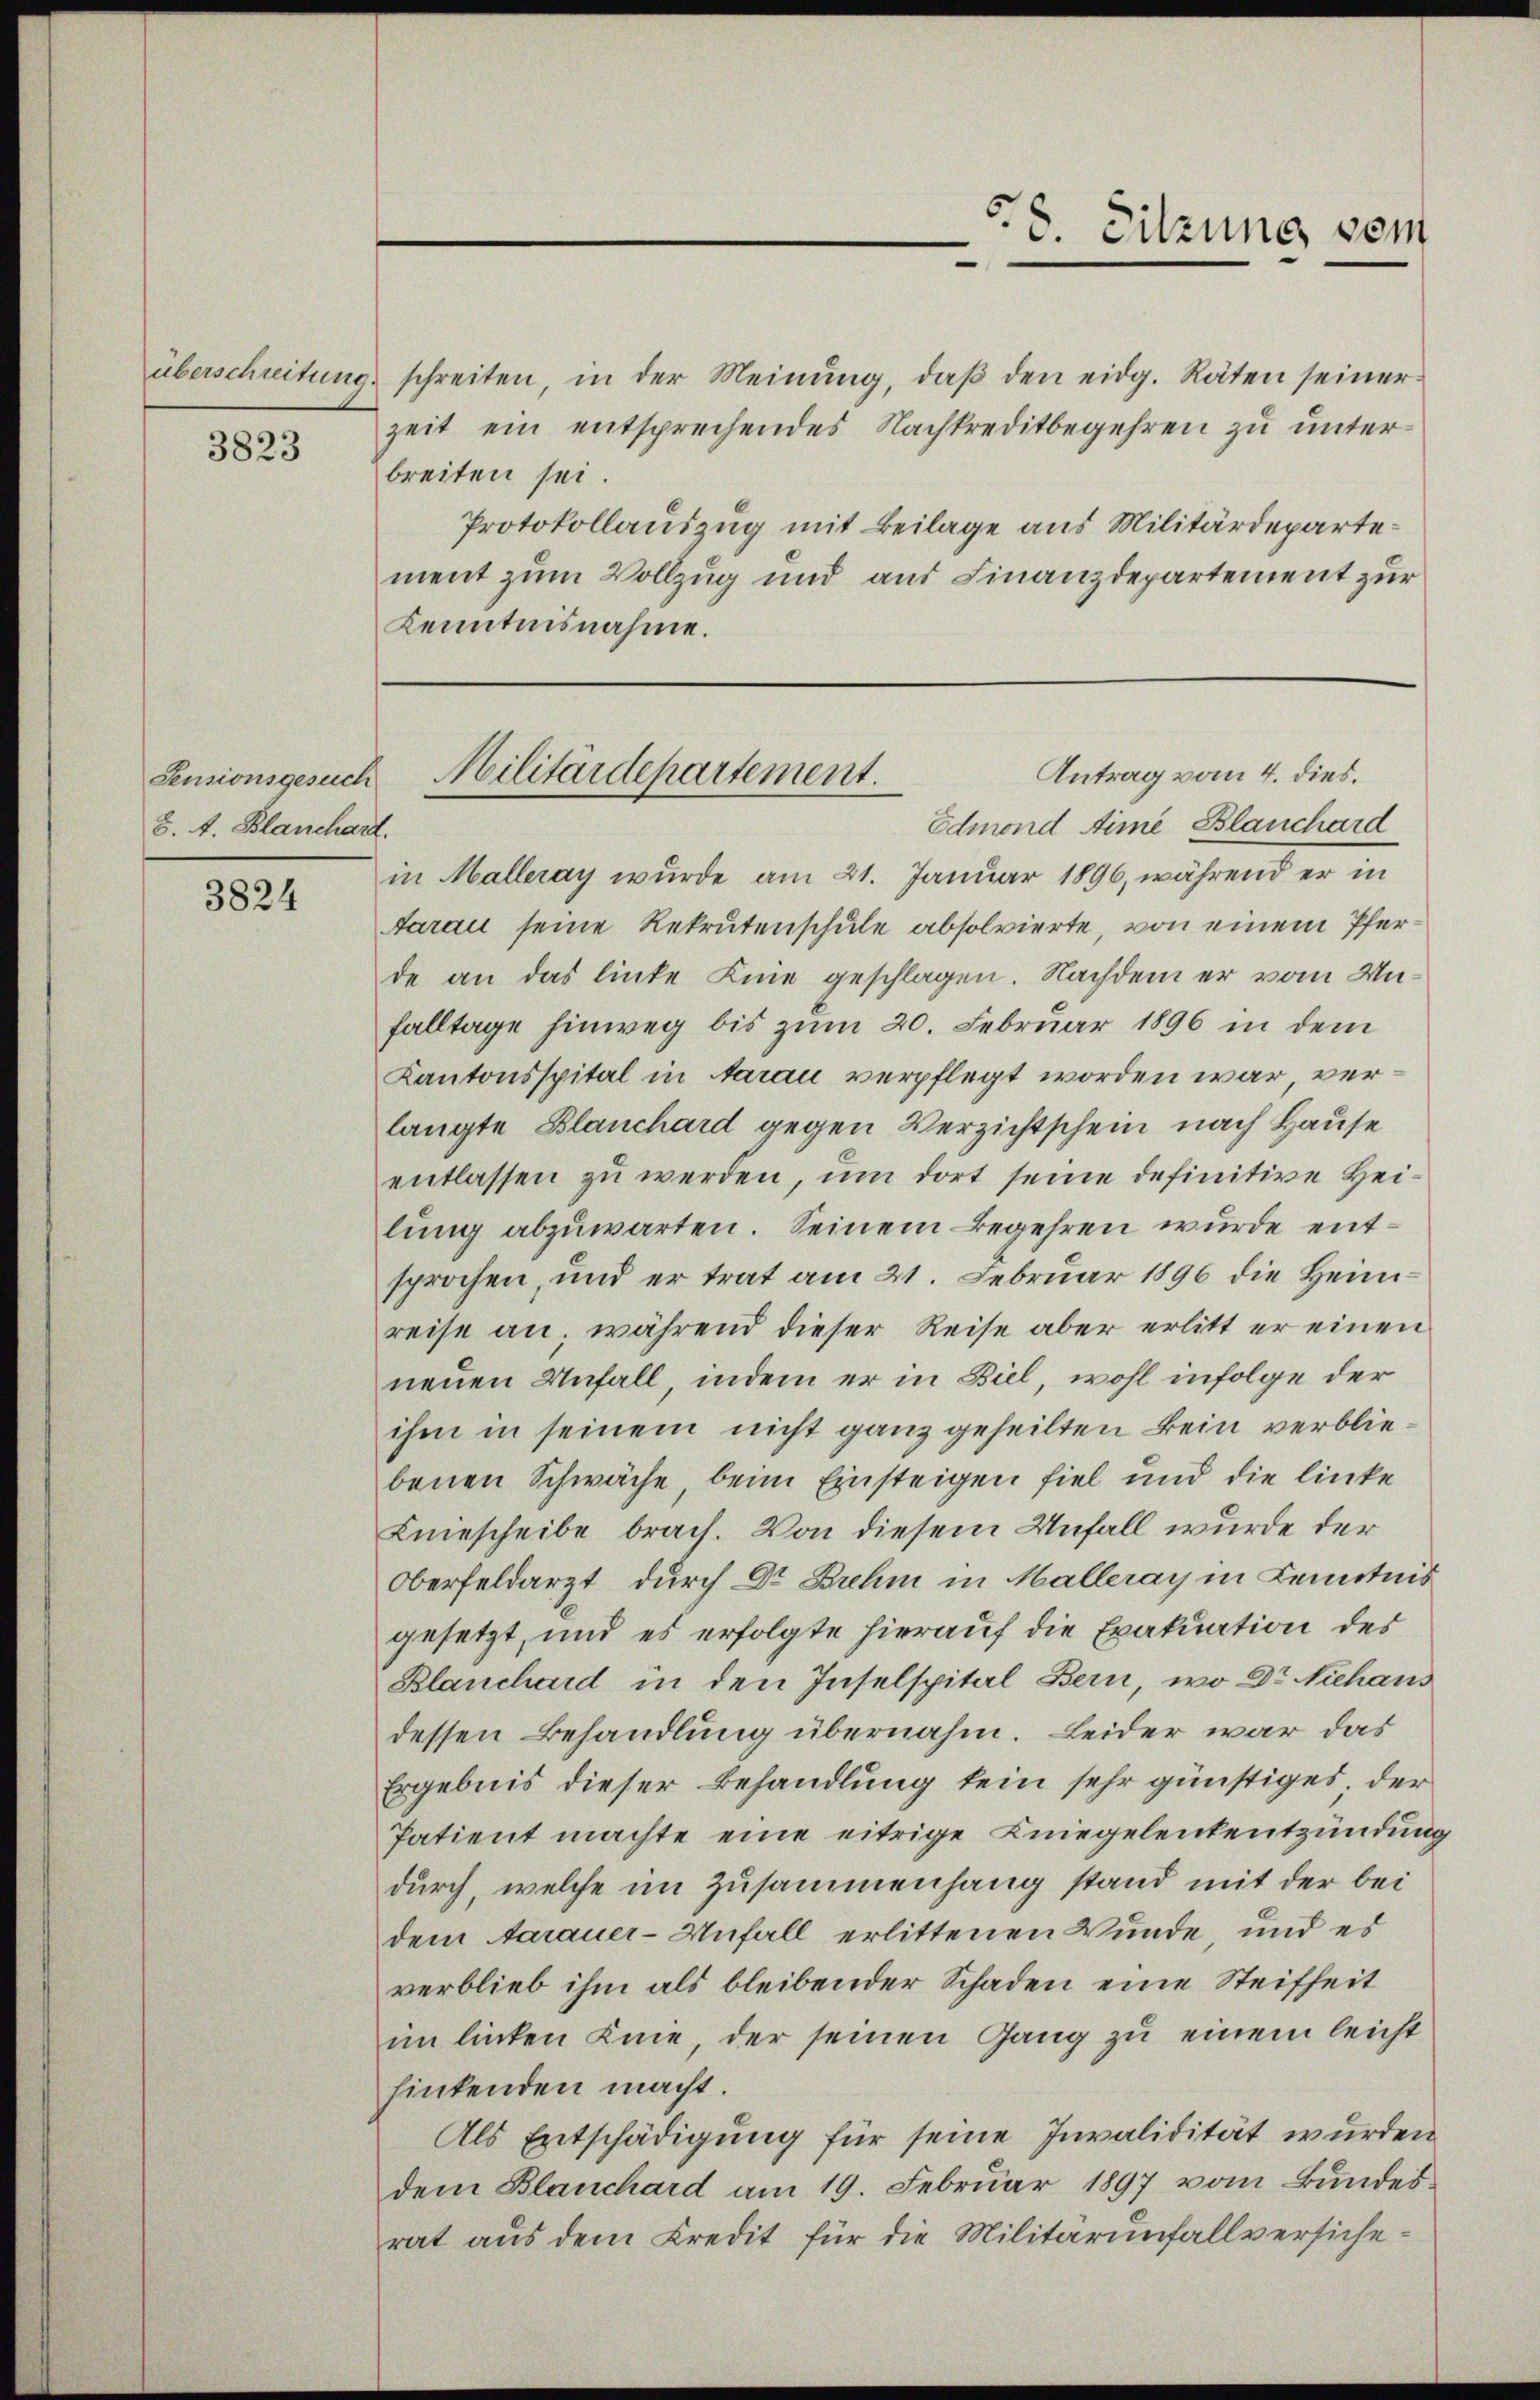
3823

Sensionsgesuch
8. A. Blanchard

3824

.
c. Sitzung vom

überschreitŭng schreiten, in der Meinŭng, daβ den eidg. Räten seiner
zeit ein entsprechendes Nachkreditbegehren zu unterbreiten sei.
Protokollauszug mit Beilage aus Militärdepartement zum Vollzug und aus Finanzdepartement zur
Kenntnisnahme.

Antrag vom 4. dies.
Militärdepartement.

Edmond Aime Blanchard
in Malleray wurde am 21. Januar 1896, während er in
Aarau seine Rekrutenschule absolvierte, von einem Pferde an das linke Eine geschlagen. Nachdem er vom Unfalltage hinweg bis zum 20. Februar 1896 in dem
Kantonsspital in Aarau verpflegt worden war, verlangte Blanchard gegen Verzichtschein nach Hause
entlassen zu werden, um dort seine definitive Heilung abzuwarten. Seinem Begehren wurde entsprochen, und er trat am 21. Februar 1896 die Heimreise an, während dieser Reise aber erlitt er einen
neuen Unfall, indem er in Biel, wohl infolge der
ihm in seinem nicht ganz geheilten kein verbliebenen Schwäche beim Einsteigen fiel und die linke
Kniescheibe brach. Von diesem Unfall wurde der
Oberfeldarzt durch Dr Brehm in Malleray in Kenntnis
gesetzt, und es erfolgte hierauf die Exakuation des
Blanchard in den Inselspital Bern, wo Dr. Niehaus
dessen Behandlung übernahm. Leider war das
Ergebnis dieser Behandlung kein sehr günstiges der
Patient machte eine eitrige Kniegelenkentzündung
durch, welche im Zusammenhang stand mit der bei
dem Aarauer-Unfall erlittenen Wunde, und es
verblieb ihm als bleibender Schaden eine Steifheit
im linken Knie, der seinen Gang zu einem leicht
hintenden macht.
Als Entschädigung für seine Invalidität wurden
dem Blanchard am 19. Februar 1897 vom Bundesrat aus dem Kredit für die Militärunfallversiche¬